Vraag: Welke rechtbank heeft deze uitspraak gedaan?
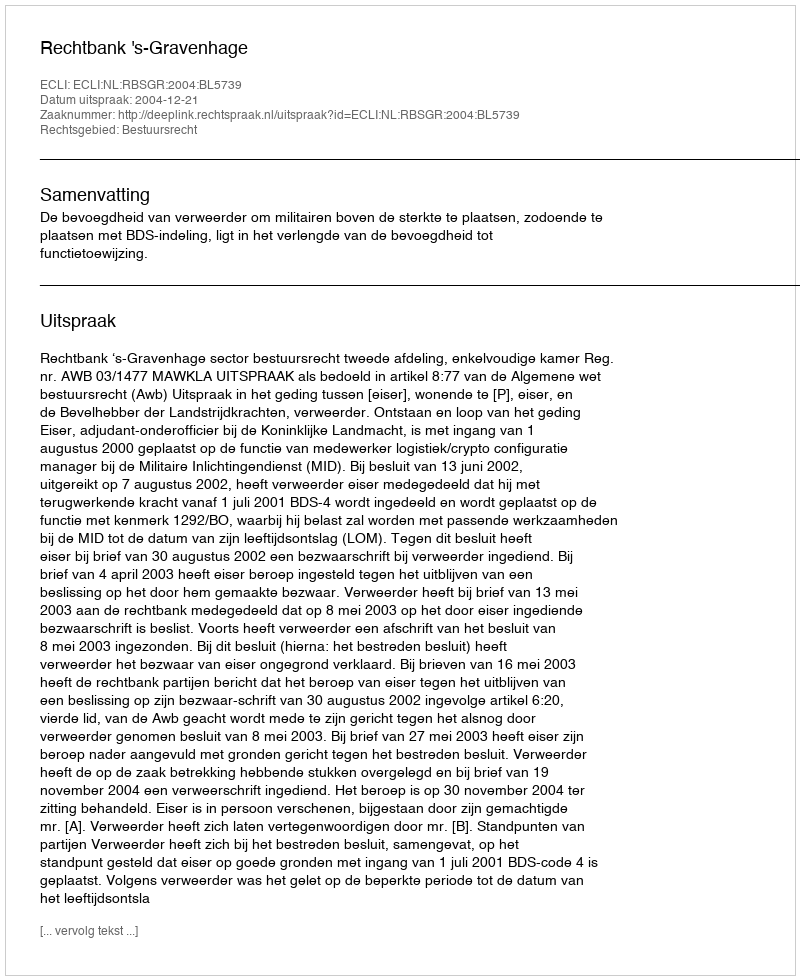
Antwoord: Rechtbank 's-Gravenhage